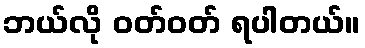
ဘယ်လို ဝတ်ဝတ် ရပါတယ်။